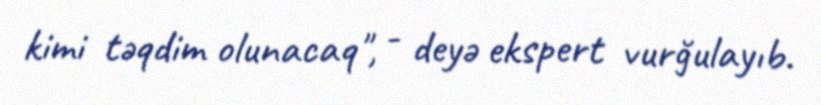
kimi təqdim olunacaq", - deyə ekspert vurğulayıb.